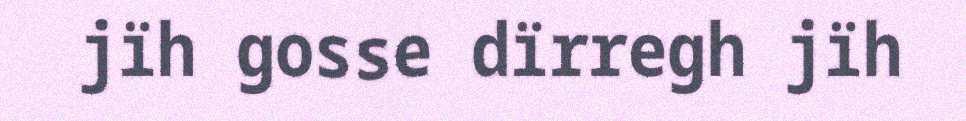
jïh gosse dïrregh jïh